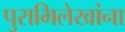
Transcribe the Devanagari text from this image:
पुराभिलेखांना